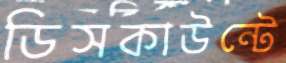
ডিসকাউন্টে